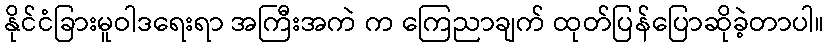
နိုင်ငံခြားမူဝါဒရေးရာ အကြီးအကဲ က ကြေညာချက် ထုတ်ပြန်ပြောဆိုခဲ့တာပါ။